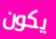
يكون